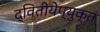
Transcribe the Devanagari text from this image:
द्वितीयेप्युक्तं